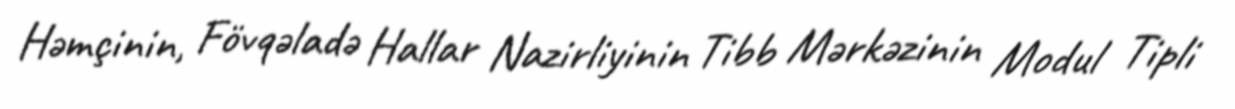
Həmçinin, Fövqəladə Hallar Nazirliyinin Tibb Mərkəzinin Modul Tipli